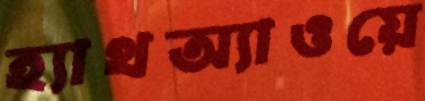
হ্যাথঅ্যাওয়ে